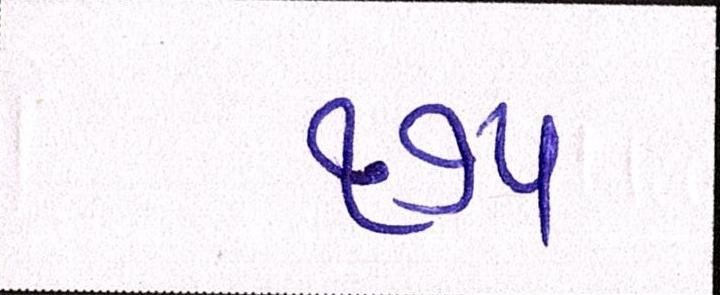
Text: ૧૭૫